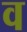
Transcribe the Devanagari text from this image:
व